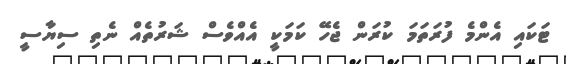
ޓަކައި އެންމެ ފުރަތަމަ ކުރަން ޖެހޭ ކަމަކީ އެއްވެސް ޝަރުތެއް ނެތި ސިޔާސީ